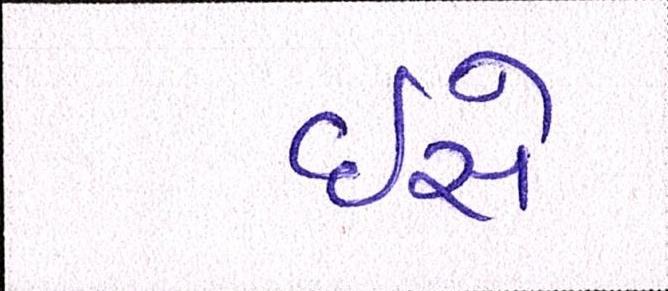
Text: ઇસે